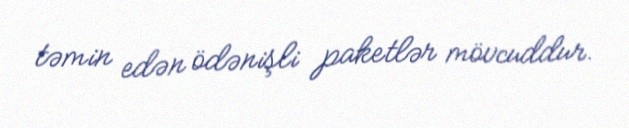
təmin edən ödənişli paketlər mövcuddur.